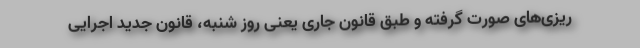
ریزی‌های صورت گرفته و طبق قانون جاری یعنی روز شنبه، قانون جدید اجرایی